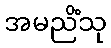
အမညိံသု